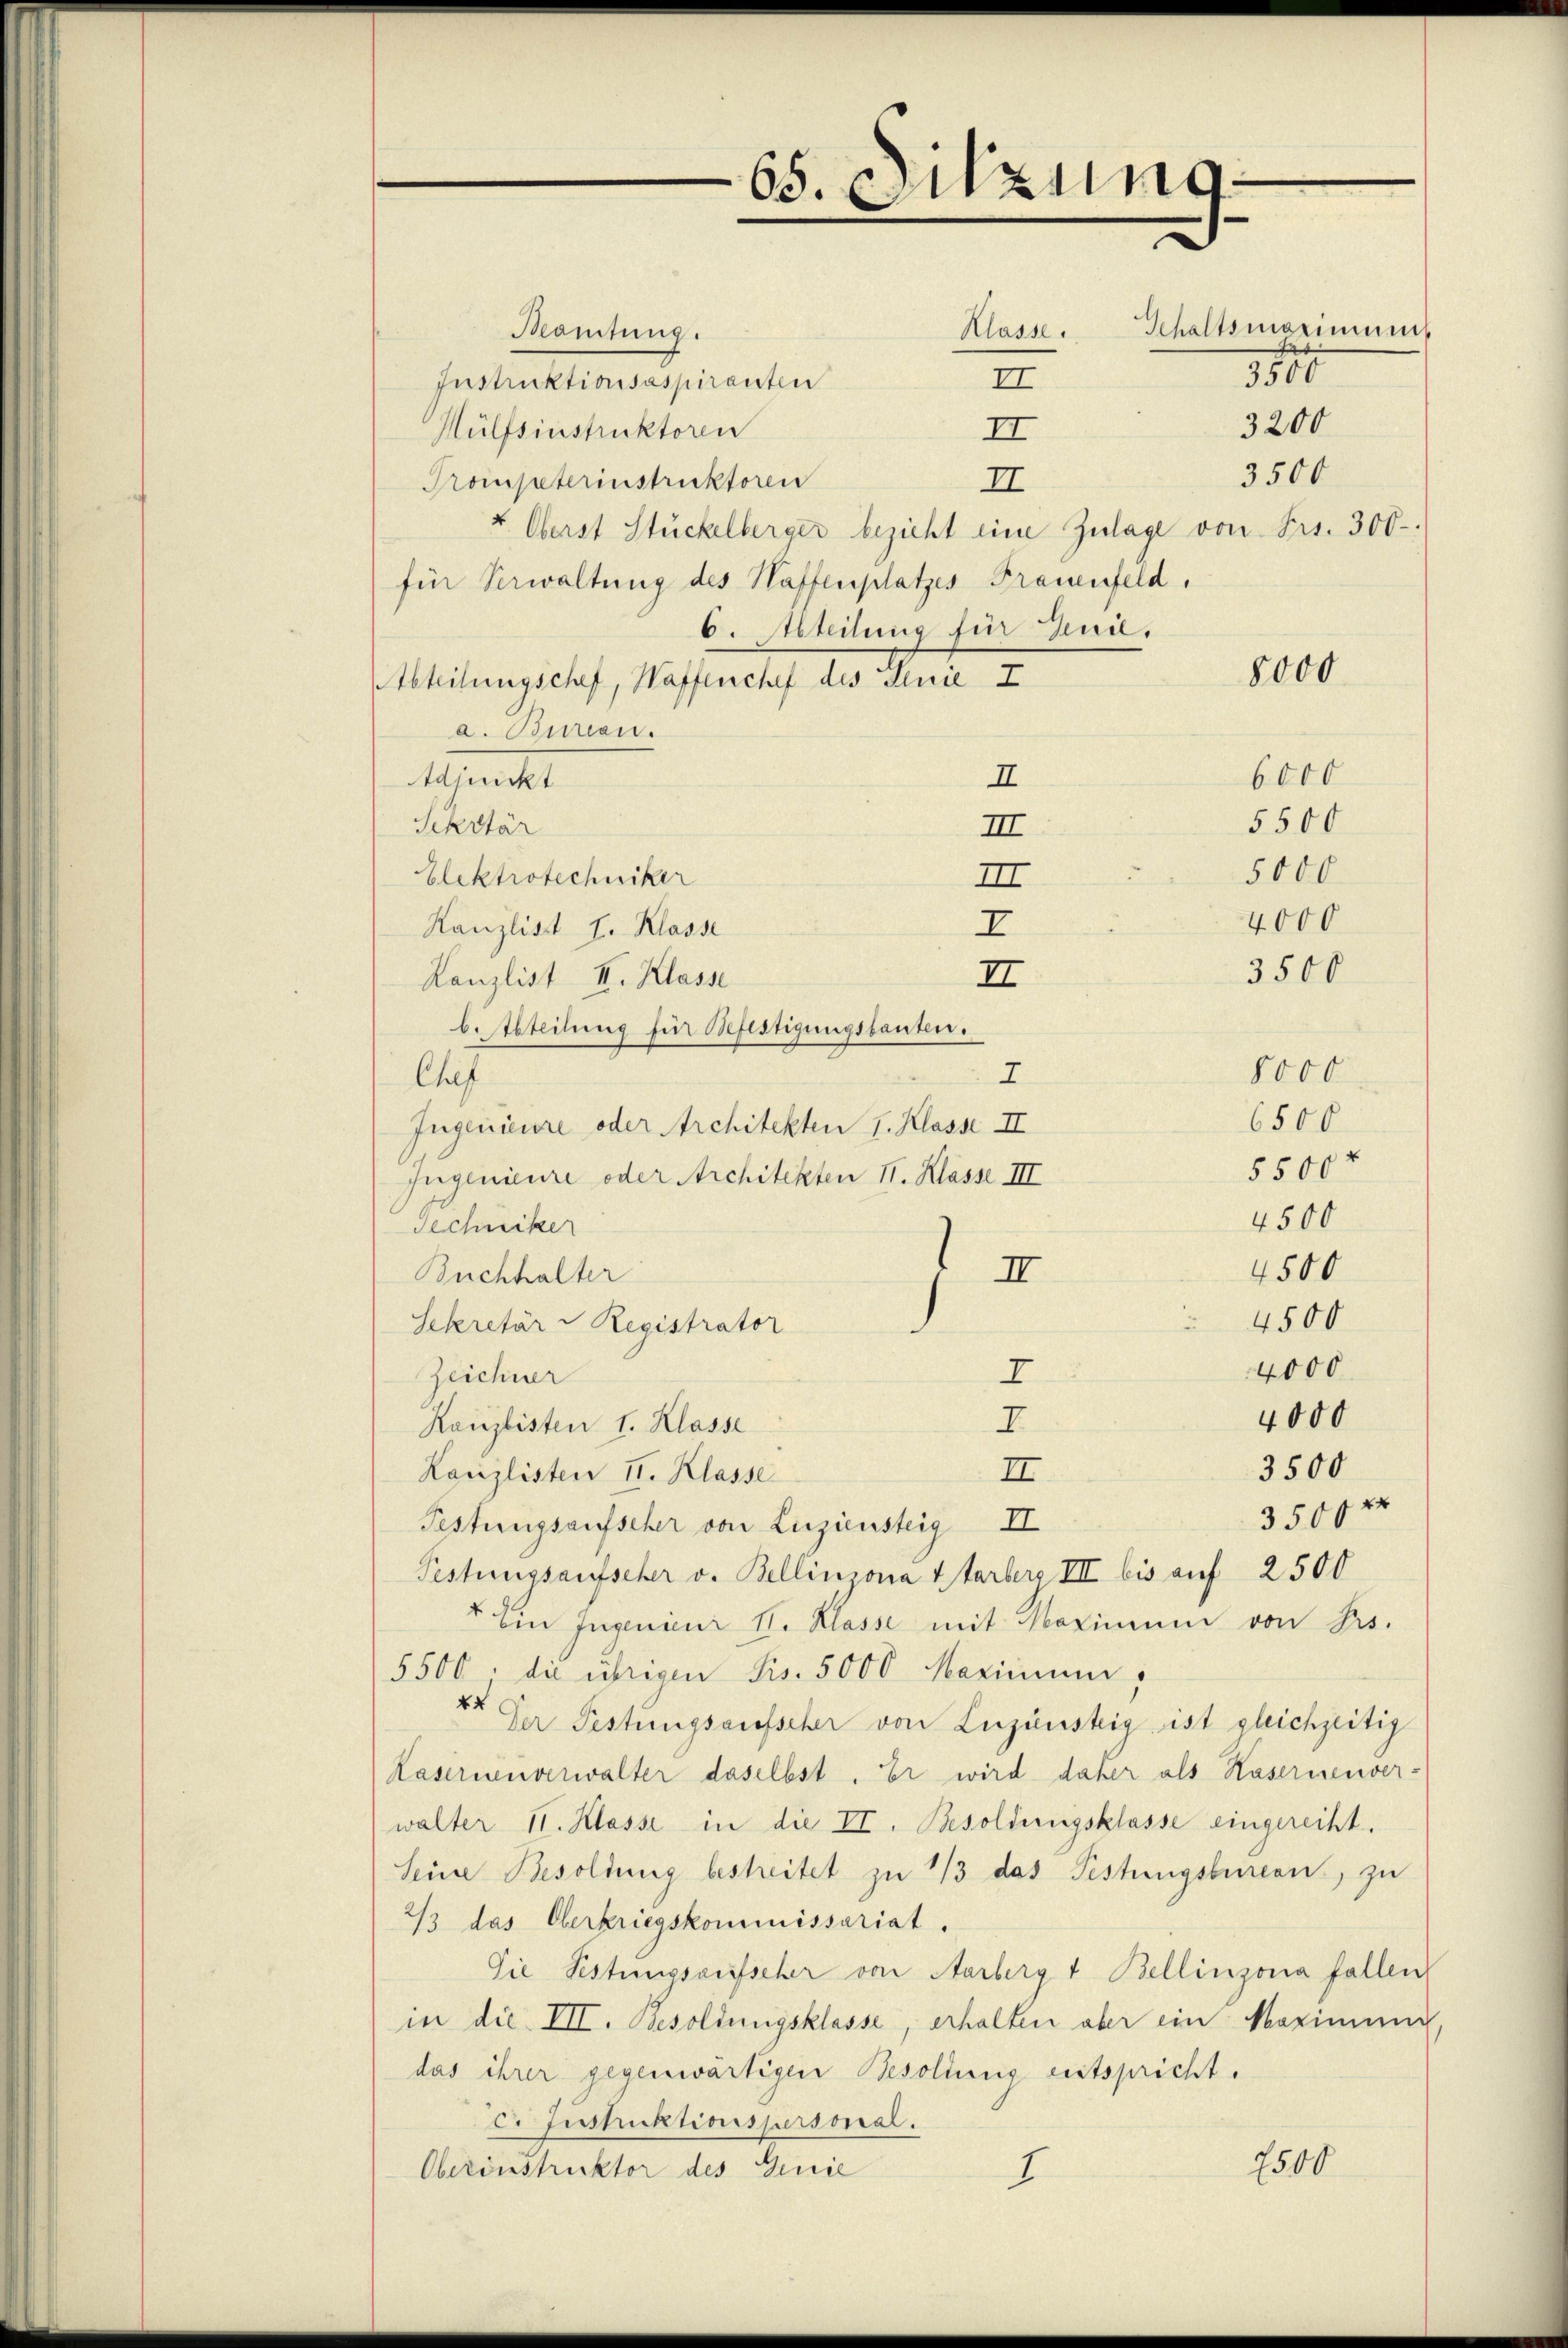
65. Sitzung

Beamtung.
II
Instruktionsaspiranten
II
Hülfsinstruktoren
3500
Trompeterinstruktoren
II
Oberst Stückelberger bezieht eine Zulage von Frs. 300.
für Verwaltung des Haffenplatzes Frauenfeld.
6. Abteilung für Genie,
Abteilungschef, Waffenchef des Linie I
a. Bureau.
6000
I
Schmitt
5500
Schrtär
III
5000
Elektrotechniker
III
Kanzlist I. Klasse
I
Kanzlist III. Klasse
II
b. Abteilung für Befestigungsbauten.
7
Chef
Ingenieure oder Architekten I. Klasse II
Ingenieure oder Architekten 11. Klasse III
Techniker
II
Buchhalter
4500
Sekretär v Registrator
4000
Zeichner
I
4000
I
Kanzlisten 1. Klasse
3500
III.
Kanzlisten II. Klasse
3500 x
Festungsaufscher von Liziensteig II
Pestungsaufscher v. Bellinzona starbers III bis auf 2500
" Ein Ingenieur II. Klasse mit Maximum von Pers.
5500; die übrigen Sis. 5000 Marinum,
44 der Festungsaufscher von Luzünstig ist gleichzeitig
Kasernenverwalter daselbst. Er wird daher als Kasernenver-
walter II. Klasse in die II. Besoldungsklasse eingereiht.
Seine Besoldung bestreitet zu 1/3 das Festungsbureau, zu
2/3 das Oberkriegskommnissariat.
Die Pestungsaufseher von Aarberg & Bellinzona fallen,
in die VII. Besoldungsklasse, erhalten aber ein Maximum
das ihrer gegenwärtigen Besoldung entspricht.
C. Instruktionspersonal.
2500
Oberinstruktor des Genie
7

Klasse. Schaltsmaximums
3800

3200

8000

8000

4000
3500

6500
5500 x
4500
4500